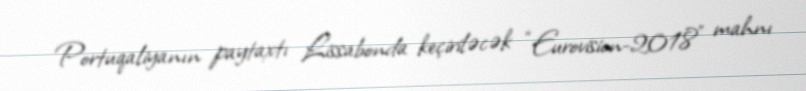
Portuqaliyanın paytaxtı Lissabonda keçiriləcək “Eurovision-2018” mahnı